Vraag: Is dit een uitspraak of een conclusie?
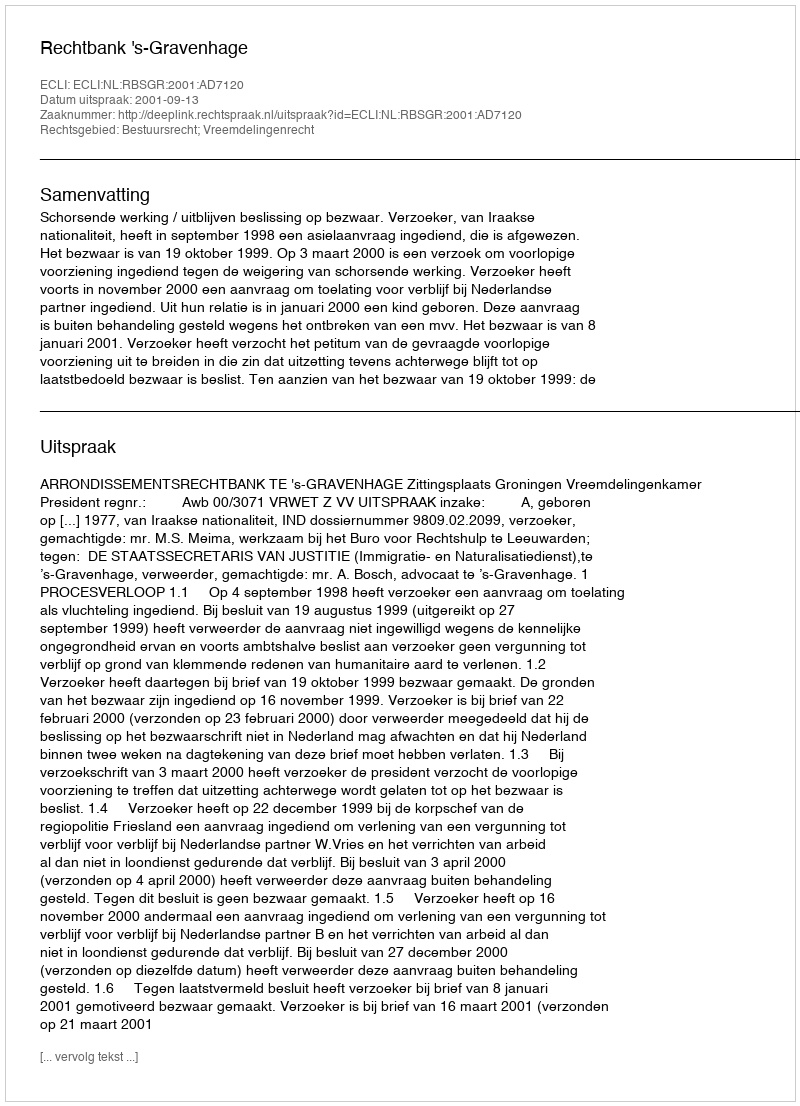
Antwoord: Uitspraak